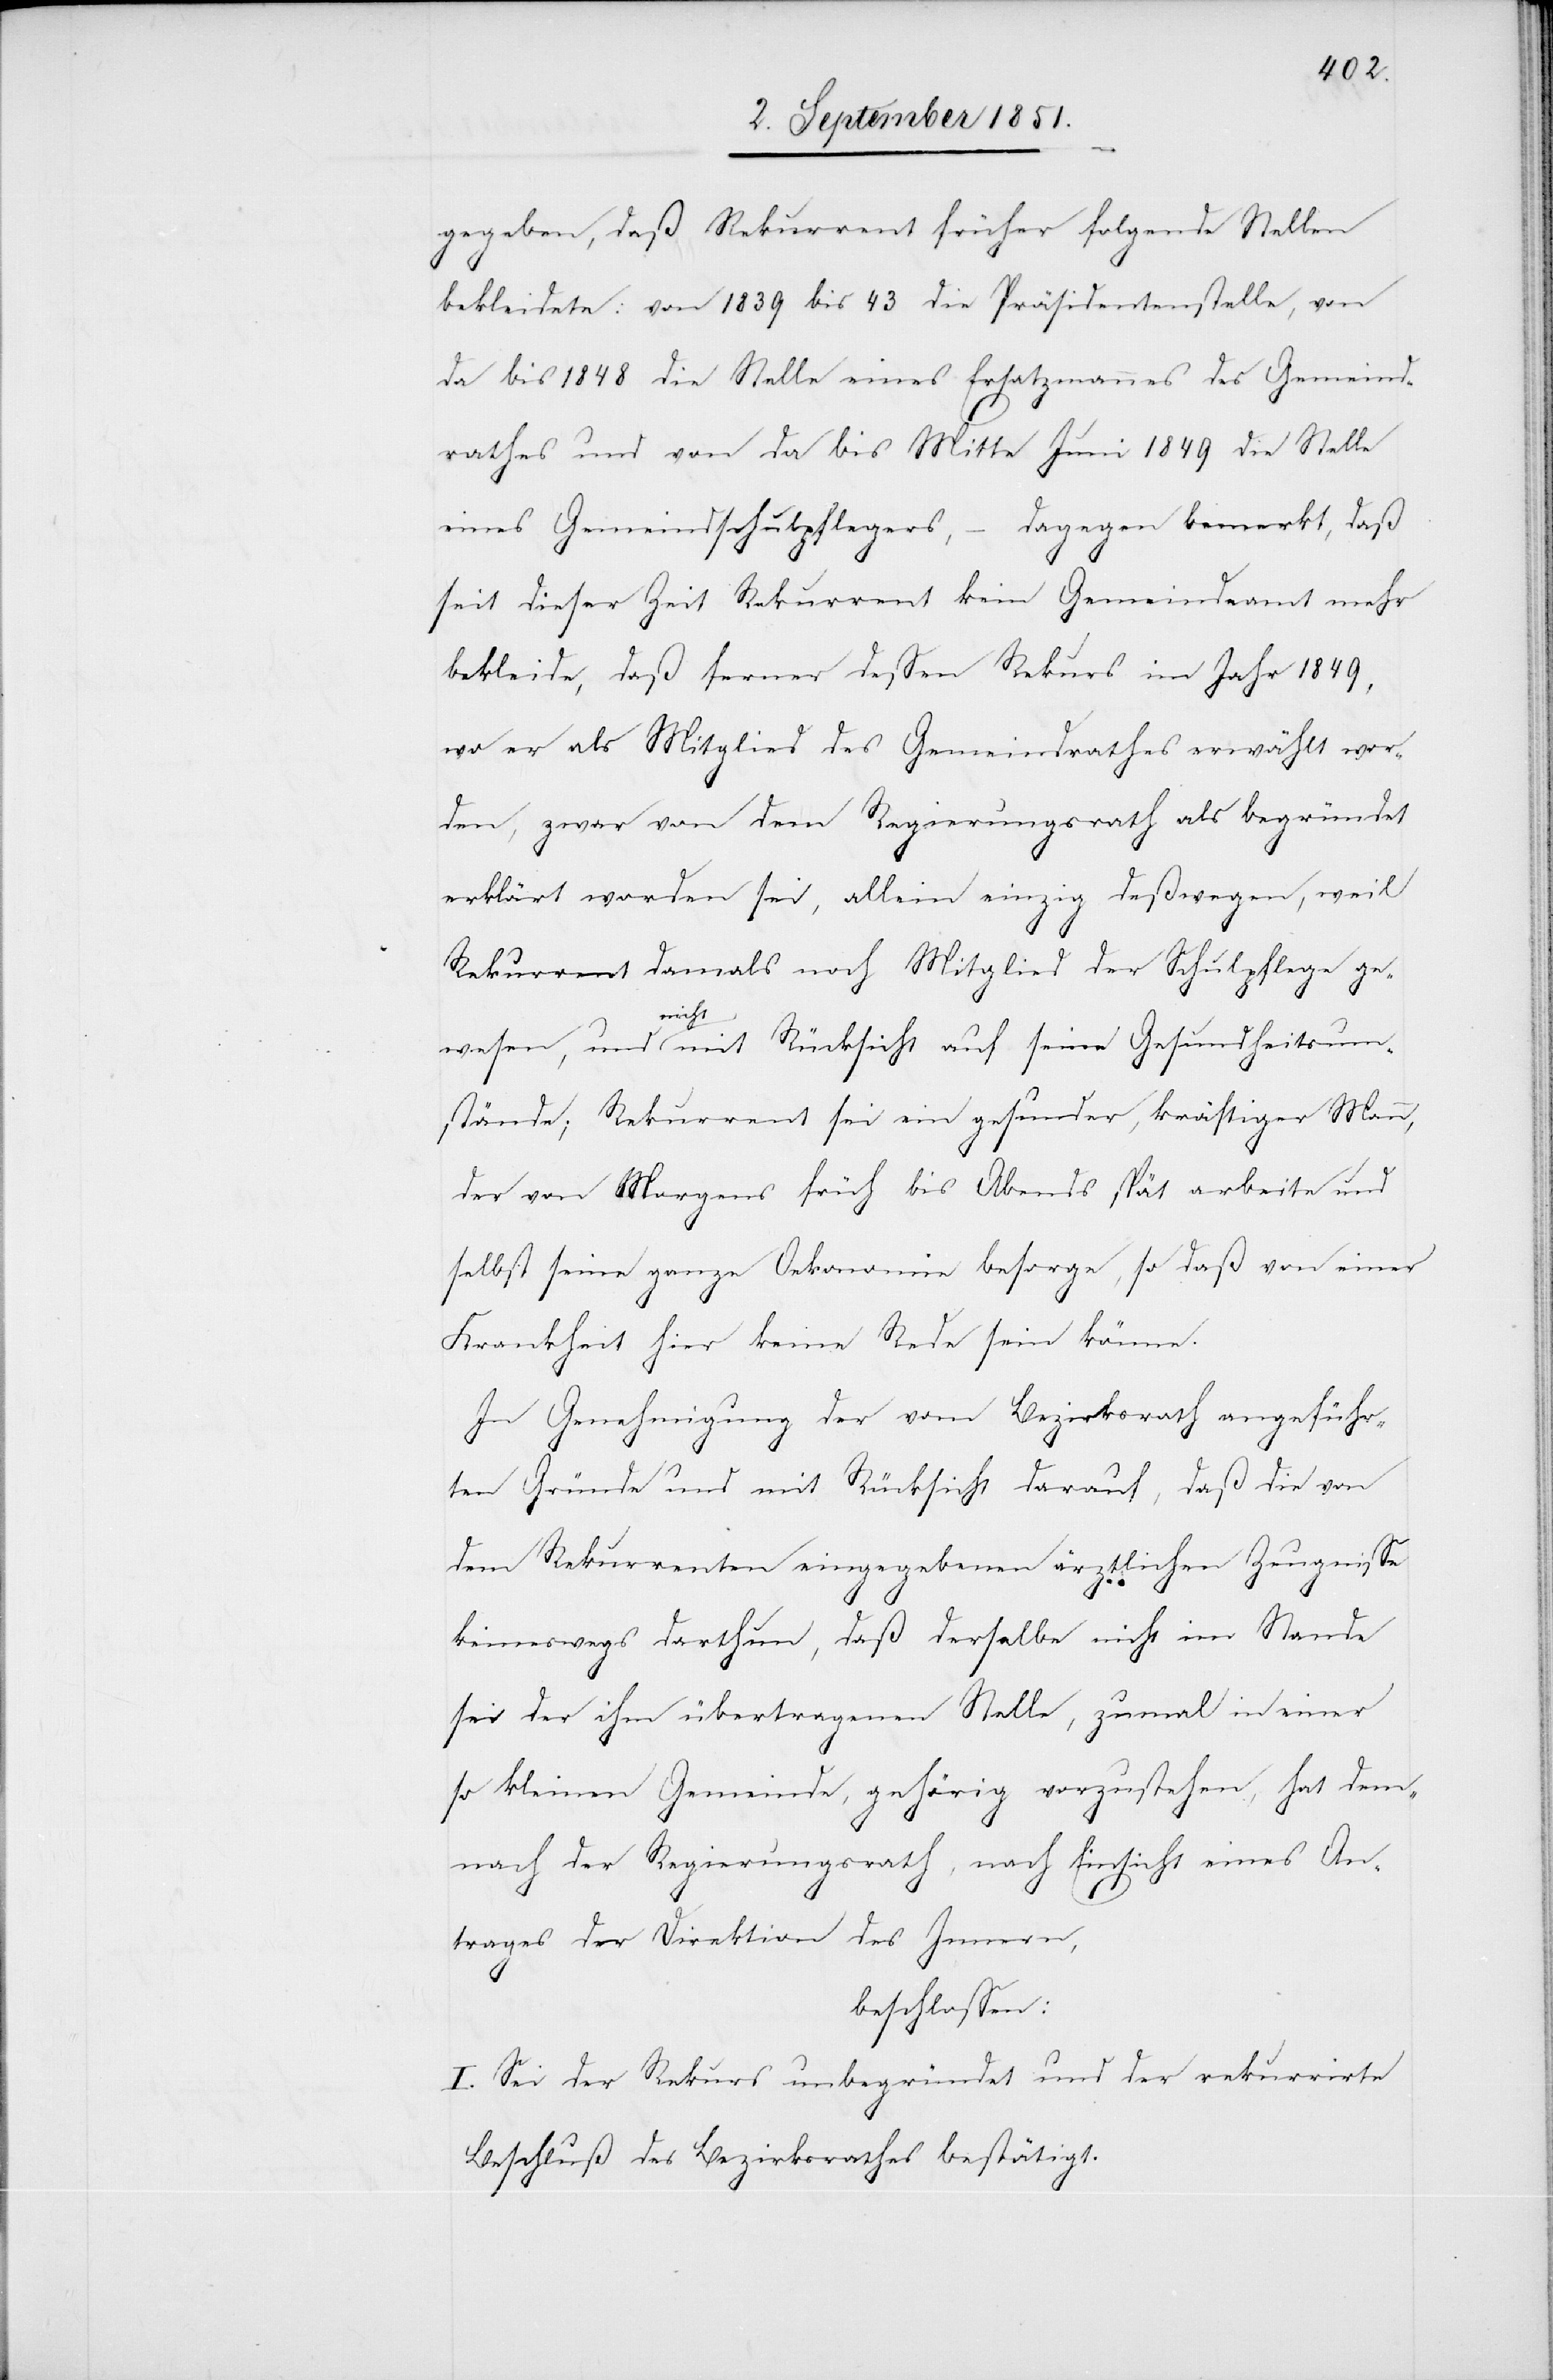
gegeben, daß Rekurrent früher folgende Stellen
bekleidete: von 1839 bis 43 die Präsidentenstelle, von
da bis 1848 die Stelle eines Ersatzmannes des Gemeind¬
rathes und von da bis Mitte Juni 1849 die Stelle
eines Gemeindschulpflegers, – dagegen bemerkt, daß
seit dieser Zeit Rekurrent kein Gemeindeamt mehr
bekleide, daß ferner dessen Rekurs im Jahr 1849,
wo er als Mitglied des Gemeindrathes erwählt wor¬
den, zwar von dem Regierungsrath als begründet
erklärt worden sei, allein einzig deßwegen, weil
Rekurrent damals noch Mitglied der Schulpflege ge¬
wesen, und nicht mit Rücksicht auf seine Gesundheitsum¬
stände; Rekurrent sei ein gesunder, kräftiger Mann,
der von Morgens früh bis Abends spät arbeite und
selbst seine ganze Oekonomie besorge, so daß von einer
Krankheit hier keine Rede sein könne.
In Genehmigung der vom Bezirksrath angeführ¬
ten Gründe und mit Rücksicht darauf, daß die von
dem Rekurrenten eingegebenen ärztlichen Zeugnisse
keineswegs darthun, daß derselbe nicht im Stande
sei der ihm übertragenen Stelle, zumal in einer
so kleinen Gemeinde, gehörig vorzustehen, hat dem¬
nach der Regierungsrath, nach Einsicht eines An¬
trages der Direktion des Innern,
beschlossen:
I. Sei der Rekurs unbegründet und der rekurrirte
Beschluß des Bezirksrathes bestätigt.